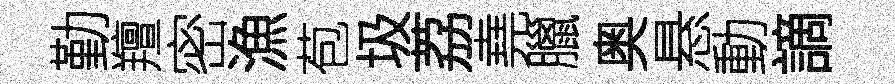
勤羶密漁苞圾荔堯臘奥悬動謫